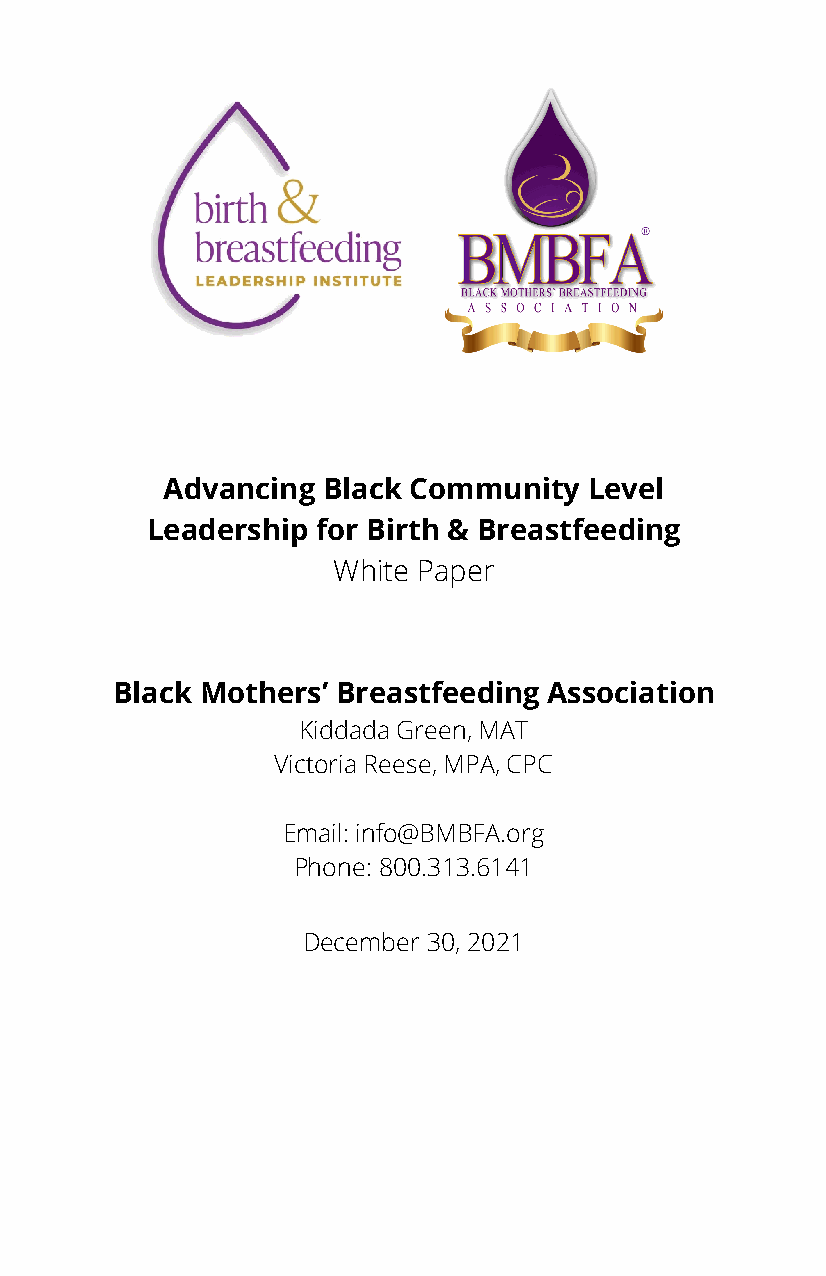
Advancing Black Community   Level
 Leadership for Birth & Breastfeeding
 White Paper
 Black Mothers’ Breastfeeding Association
 Kiddada Green, MAT
 Victoria Reese, MPA, CPC
 Email: info@BMBFA.org
 Phone: 800.313.6141
 December 30, 2021